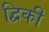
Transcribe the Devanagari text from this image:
द्विकी